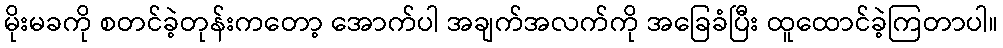
မိုးမခကို စတင်ခဲ့တုန်းကတော့ အောက်ပါ အချက်အလက်ကို အခြေခံပြီး ထူထောင်ခဲ့ကြတာပါ။